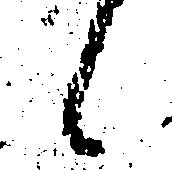
候